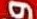
و